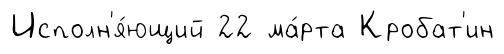
Исполн'я́ющий 22 ма́рта Кробат'ин